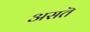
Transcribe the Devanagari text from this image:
असतॆ